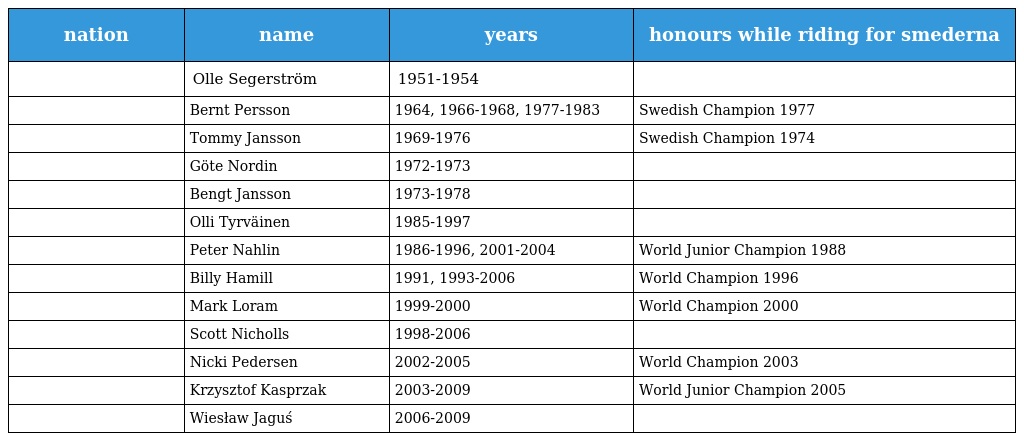
| nation | name | years | honours while riding for smederna |
 | --- | --- | --- | --- |
 |  | Olle Segerström | 1951-1954 |  |
 |  | Bernt Persson | 1964, 1966-1968, 1977-1983 | Swedish Champion 1977 |
 |  | Tommy Jansson | 1969-1976 | Swedish Champion 1974 |
 |  | Göte Nordin | 1972-1973 |  |
 |  | Bengt Jansson | 1973-1978 |  |
 |  | Olli Tyrväinen | 1985-1997 |  |
 |  | Peter Nahlin | 1986-1996, 2001-2004 | World Junior Champion 1988 |
 |  | Billy Hamill | 1991, 1993-2006 | World Champion 1996 |
 |  | Mark Loram | 1999-2000 | World Champion 2000 |
 |  | Scott Nicholls | 1998-2006 |  |
 |  | Nicki Pedersen | 2002-2005 | World Champion 2003 |
 |  | Krzysztof Kasprzak | 2003-2009 | World Junior Champion 2005 |
 |  | Wiesław Jaguś | 2006-2009 |  |